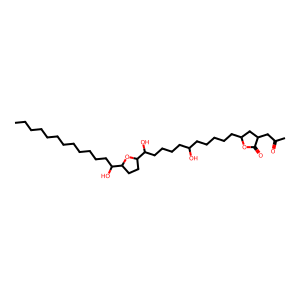
SMILES: CCCCCCCCCCCCC(O)C1CCC(C(O)CCCCC(O)CCCCCC2CC(CC(C)=O)C(=O)O2)O1
Inhibits HIV replication: No